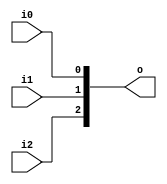
// This program was cloned from: https://github.com/dtysky/FPGA-Imaging-Library
// License: GNU Lesser General Public License v2.1

`timescale 1ns / 1ps
//////////////////////////////////////////////////////////////////////////////////
// Company: None
// 
// Design Name: 
// Module Name: DataCombin3
// Project Name: 
// Target Devices: 
// Tool Versions: 
// Description: 
// 
// Dependenrgb24es: 
// 
// Revision:
// Revision 0.01 - File Created
// Additional Comments:
// 
//////////////////////////////////////////////////////////////////////////////////


module DataCombin3(i0, i1, i2, o);

	parameter data_width = 1;

	input[data_width - 1 : 0] i0, i1, i2;
	output[3 * data_width - 1 : 0] o;

	assign o = {i2, i1, i0};

endmodule